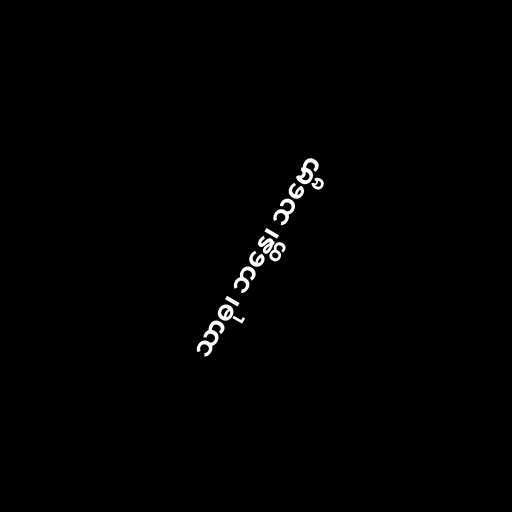
သာဓု၊ ဘန္တေ၊ သဗ္ဗော